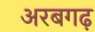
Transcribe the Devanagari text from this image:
अरबगढ़